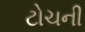
ટોચની